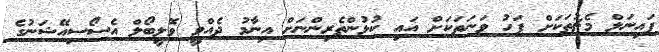
ފައިނަލް މެޗުތަކަށް ފަހު ވަނަތަކަށް އައި ކުޅުންތެރިންނަށް އިނާމު ދެއްވީ ވޮލީބޯލް އެސޯސިއޭޝަނުގެ